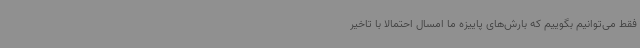
فقط می‌توانیم بگوییم که بارش‌های پاییزه ما امسال احتمالا با تاخیر